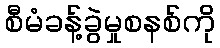
စီမံခန့်ခွဲမှုစနစ်ကို